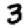
Digit: 3